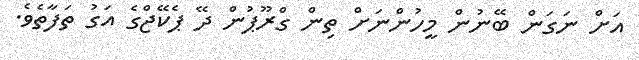
އަށް ނަގަން ބޭނުން މީހުންނަށް ތިން ގްރޫޕުން ދޭ ޕެކޭޖްގެ އަގު ތަފާތެވެ.